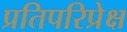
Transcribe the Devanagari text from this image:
प्रतिपरिप्रेक्ष